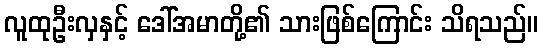
လူထုဦးလှနှင့် ဒေါ်အမာတို့၏ သားဖြစ်ကြောင်း သိရသည်။